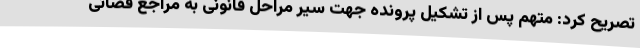
تصریح کرد: متهم پس از تشکیل پرونده جهت سیر مراحل قانونی به مراجع قضائی